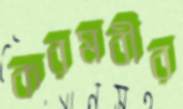
করমবীর